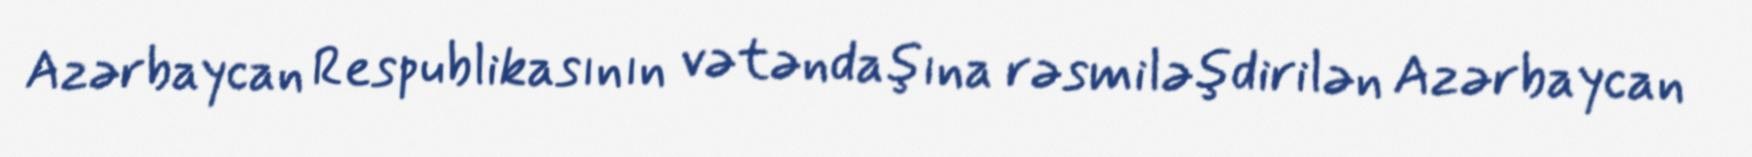
Azərbaycan Respublikasının vətəndaşına rəsmiləşdirilən Azərbaycan